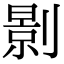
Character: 㔀